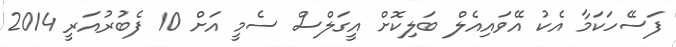
ފަސޭހަކަމާ އެކު އޭވައިއެލް ބަލިކޮށް އީގަލްސް ސެމީ އަށް 10 ފެބުރުއަރީ 2014